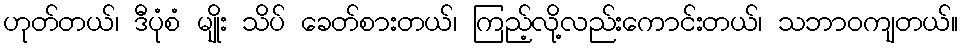
ဟုတ်တယ်၊ ဒီပုံစံ မျိုး သိပ် ခေတ်စားတယ်၊ ကြည့်လို့လည်းကောင်းတယ်၊ သဘာဝကျတယ်။